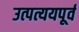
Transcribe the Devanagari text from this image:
उत्पत्ययपूर्व